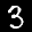
Label: 3